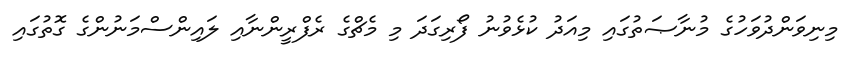
މިނިވަންދުވަހުގެ މުނާޞަތުގައި މިއަދު ކުޅެވުނު ފޯރިގަދަ މި މެޗްގެ ރެފްރީންނާއި ލައިންސްމަނުންގެ ގޮތުގައި